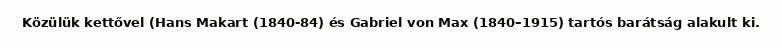
Közülük kettővel (Hans Makart (1840-84) és Gabriel von Max (1840–1915) tartós barátság alakult ki.